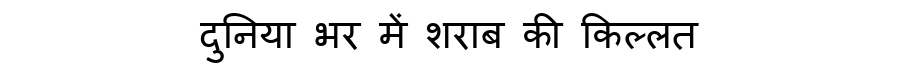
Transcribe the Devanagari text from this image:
दुनिया भर में शराब की किल्लत